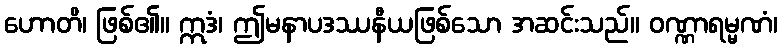
ဟောတိ၊ ဖြစ်၏။ ဣဒံ၊ ဤမနာပဒဿနီယဖြစ်သော အဆင်းသည်။ ဝဏ္ဏာရမ္မဏံ၊